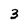
Character: 3